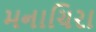
મનાચિરા